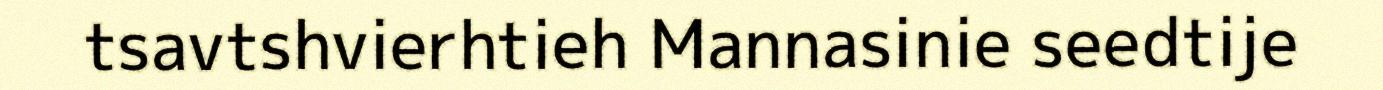
tsavtshvierhtieh Mannasinie seedtije